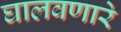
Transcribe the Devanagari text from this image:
घालवणारे